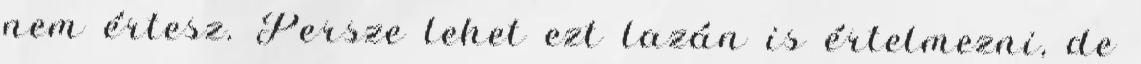
nem értesz. Persze lehet ezt lazán is értelmezni, de